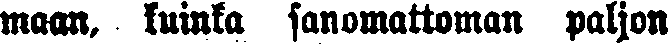
maan, kuinka sanomattoman paljon